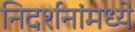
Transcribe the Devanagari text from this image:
निदर्शनांमध्ये